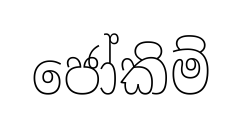
ජෝකිම්